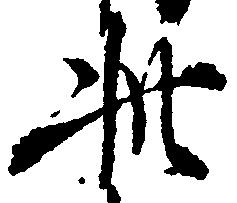
此